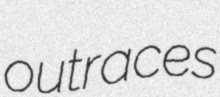
outraces